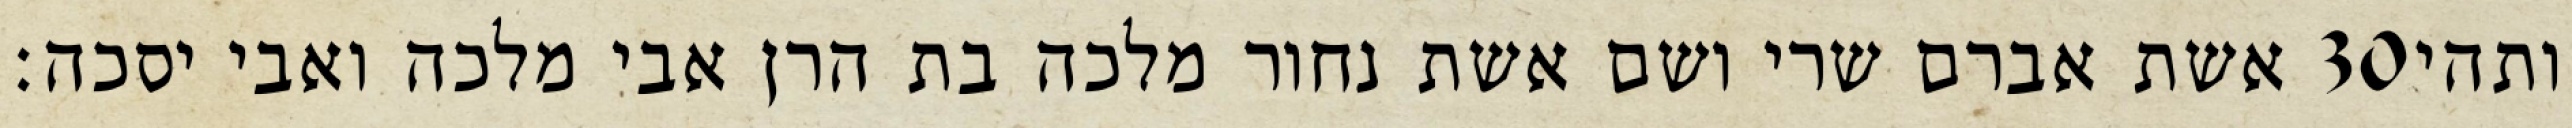
אשת אברם שרי ושם אשת נחור מלכה בת הרן אבי מלכה ואבי יסכה׃ ‎30‏ ותהי